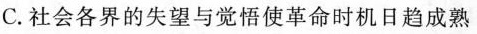
C.社会各界的失望与觉悟使革命时机日趋成熟